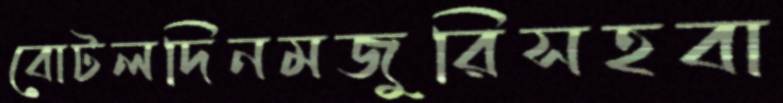
বোটলদিনমজুরিসহবা